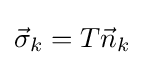
{\vec {\sigma }}_{k}=T{\vec {n}}_{k}